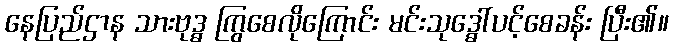
နေပြည်ဌာန သားဗုဒ္ဓ ကြွစေလိုကြောင်း မင်းသုဒ္ဓေါ်ပင့်စေခန်း ပြီး၏။